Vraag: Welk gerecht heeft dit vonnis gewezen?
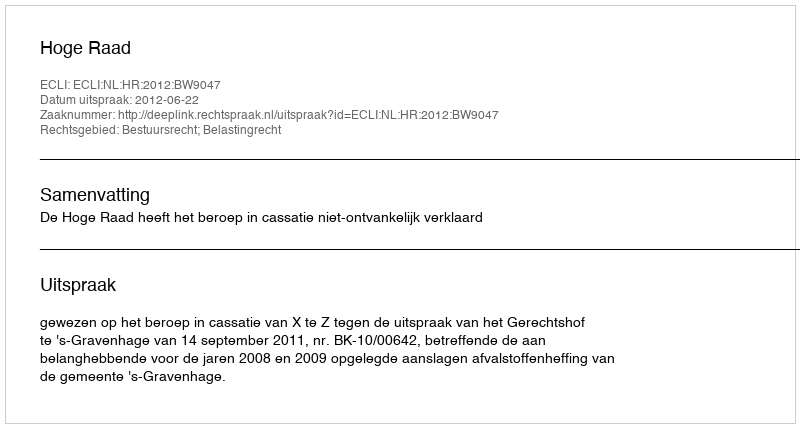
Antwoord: Hoge Raad